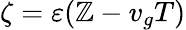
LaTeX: \zeta=\varepsilon(\mathbb{Z}-v_{g}T)